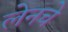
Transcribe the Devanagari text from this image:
लेनचे